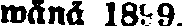
wänä 1899.